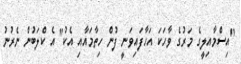
"އިސްމާއިލީގެ މަރުގެ ވާހަކަ އަހާފައިވަނީ ފުން ހިތާމައާއި އެކު" އެ ކްލަބުން ނެރުނު